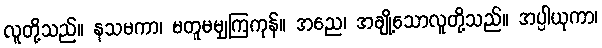
လူတို့သည်။ နသမကာ၊ မတူမမျှကြကုန်။ အညေ၊ အချို့သောလူတို့သည်။ အပ္ပါယုကာ၊